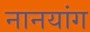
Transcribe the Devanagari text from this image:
नानयांग